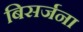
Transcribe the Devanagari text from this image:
बिसर्जना